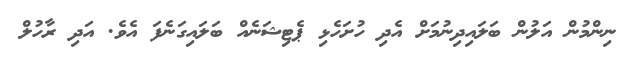
ނިންމުން އަލުން ބަލައިދިނުމަށް އެދި ހުށަހެޅި ޕެޓިޝަނެއް ބަލައިގަނެފަ އެވެ. އަދި ރާހުލް